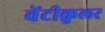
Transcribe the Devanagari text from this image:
वेंटीक्रुलर